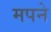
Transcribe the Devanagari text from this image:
मपने